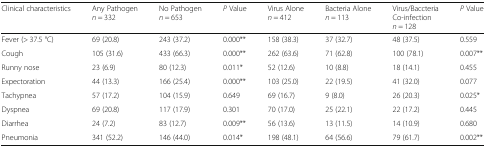
| Clinical characteristics | Any Pathogenn = 332 | No Pathogenn = 653 | P Value | Virus Alonen = 412 | Bacteria Alonen = 113 | Virus/Baccteria Co-infectionn = 128 | P Value |
 | --- | --- | --- | --- | --- | --- | --- | --- |
 | Fever (> 37.5 °C) | 69 (20.8) | 243 (37.2) | 0.000** | 158 (38.3) | 37 (32.7) | 48 (37.5) | 0.559 |
 | Cough | 105 (31.6) | 433 (66.3) | 0.000** | 262 (63.6) | 71 (62.8) | 100 (78.1) | 0.007** |
 | Runny nose | 23 (6.9) | 80 (12.3) | 0.011* | 52 (12.6) | 10 (8.8) | 18 (14.1) | 0.455 |
 | Expectoration | 44 (13.3) | 166 (25.4) | 0.000** | 103 (25.0) | 22 (19.5) | 41 (32.0) | 0.077 |
 | Tachypnea | 57 (17.2) | 104 (15.9) | 0.649 | 69 (16.7) | 9 (8.0) | 26 (20.3) | 0.025* |
 | Dyspnea | 69 (20.8) | 117 (17.9) | 0.301 | 70 (17.0) | 25 (22.1) | 22 (17.2) | 0.445 |
 | Diarrhea | 24 (7.2) | 83 (12.7) | 0.009** | 56 (13.6) | 13 (11.5) | 14 (10.9) | 0.680 |
 | Pneumonia | 341 (52.2) | 146 (44.0) | 0.014* | 198 (48.1) | 64 (56.6) | 79 (61.7) | 0.002** |